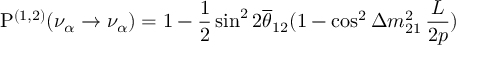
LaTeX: { \mathrm P } ^ { ( 1 , 2 ) } ( \nu _ { \alpha } \to \nu _ { \alpha } ) = 1 - \frac { 1 } { 2 } \sin ^ { 2 } 2 \overline { { { \theta } } } _ { 1 2 } ( 1 - \cos ^ { 2 } \Delta m _ { 2 1 } ^ { 2 } \, \frac { L } { 2 p } )